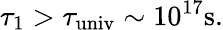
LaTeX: \tau_{1}>\tau_{\mathrm{univ}}\sim 10^{17}\mathrm{s}.